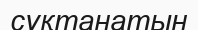
сұқтанатын